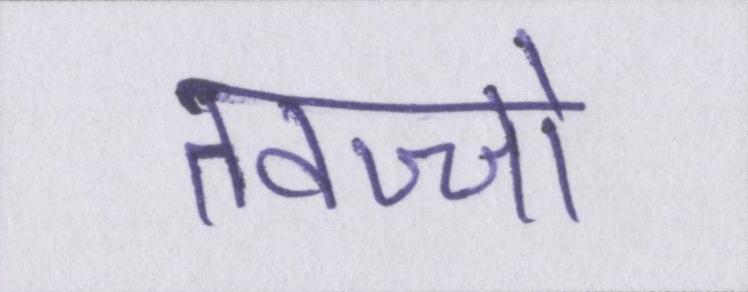
तवज्जो